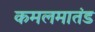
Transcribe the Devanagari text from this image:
कमलमातंड